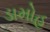
ડામોહ